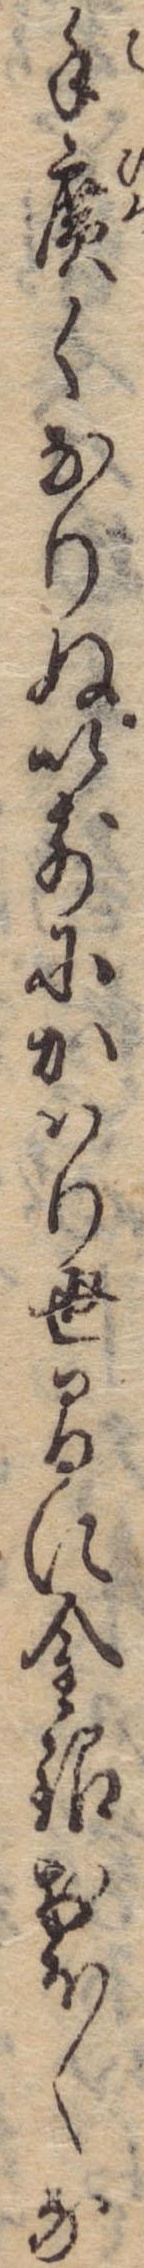
手広くなりぬ以前にかはり世間に金銀おほくな